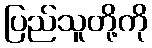
ပြည်သူတို့ကို